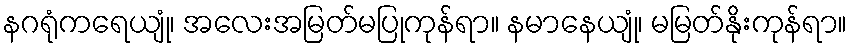
နဂရုံကရေယျုံ၊ အလေးအမြတ်မပြုကုန်ရာ။ နမာနေယျုံ၊ မမြတ်နိုးကုန်ရာ။